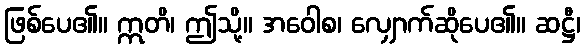
ဖြစ်ပေ၏။ ဣတိ၊ ဤသို့။ အဝေါစ၊ လျှောက်ဆိုပေ၏။ ဆဋ္ဌီ၊